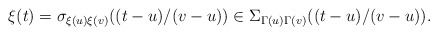
\begin{align*} \xi(t) = \sigma_{\xi(u)\xi(v)}((t-u)/(v-u)) \in \Sigma_{\Gamma(u) \Gamma(v)}((t-u)/(v-u)). \end{align*}